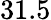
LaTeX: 31.5